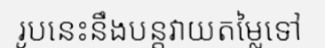
រូបនេះនឹងបន្តវាយតម្លៃទៅ